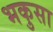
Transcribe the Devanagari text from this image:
भकुसा